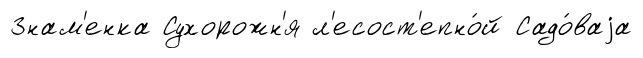
Знам'енка Сухорожн'я л'есост'епно́й Садо́ваjа